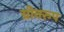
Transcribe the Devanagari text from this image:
ग्रीनरूप